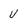
Character: V